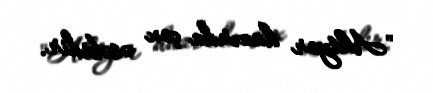
"Aktyor hazırda çox əsəbidir.